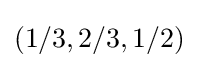
\left(1/3,2/3,1/2\right)